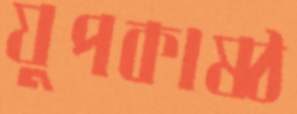
যুপকাষ্ঠ